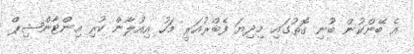
އެ ބޭންކުން ބުނި ގޮތުގައި މިދިޔަ ފެބްރުއަރީ މަހު އިއުލާން ކުރި އިންޓާންޝިޕް